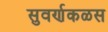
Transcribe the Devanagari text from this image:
सुवर्णकळस